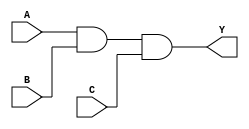
module and_gate(
    input A,
    input B,
    input C,
    output Y
);

assign Y = A & B & C;

endmodule